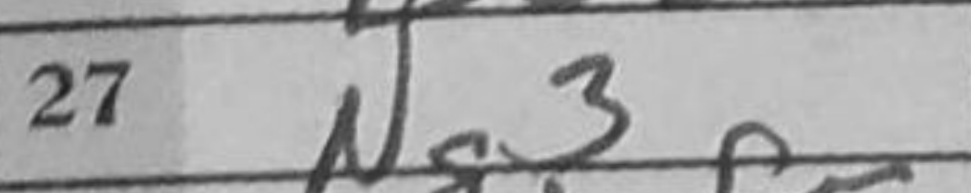
Transcription: Ng3